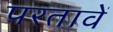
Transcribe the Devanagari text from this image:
परतावें